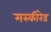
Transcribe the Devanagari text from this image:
मस्कीरेड